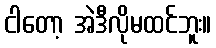
ငါတော့ အဲဒီလိုမထင်ဘူး။